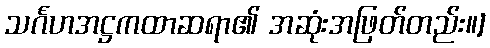
သင်္ဂဟအဋ္ဌကထာဆရာ၏ အဆုံးအဖြတ်တည်း။]